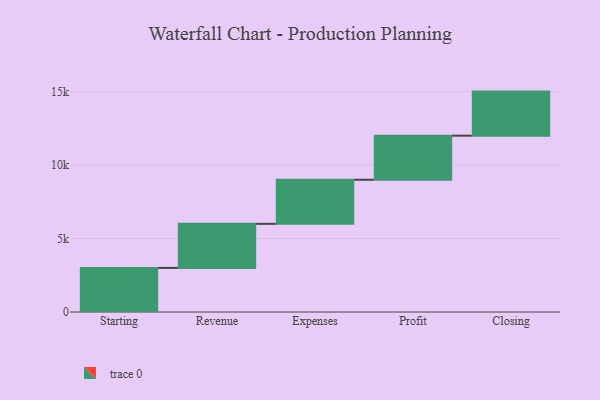
{"axis": {"x": "Step", "y": "Value"}, "legend": [""], "data": [{"x": "Starting", "y": 3000, "type": ""}, {"x": "Revenue", "y": 3000, "type": ""}, {"x": "Expenses", "y": 3000, "type": ""}, {"x": "Profit", "y": 3000, "type": ""}, {"x": "Closing", "y": 3000, "type": ""}]}